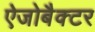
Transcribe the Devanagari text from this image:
ऐजोबैक्टर